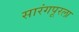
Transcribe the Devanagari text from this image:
सारंगपूरला